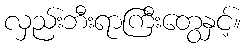
လှည်းဘီးရာကြီးတွေနှင့်။